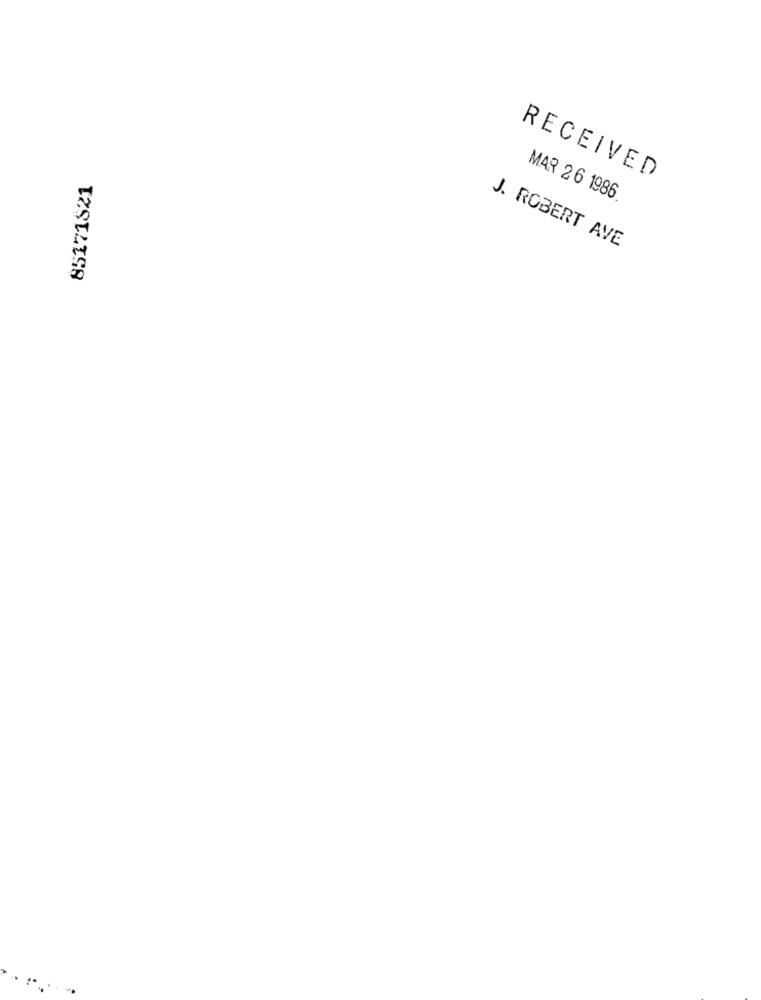
85171821
RECEIVED
MAR 26 1986
J. ROBERT AVE